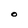
Character: O